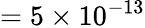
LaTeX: =5\times 10^{-13}